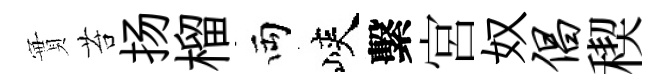
實苔扬榴両峽繫宮奴倡稧